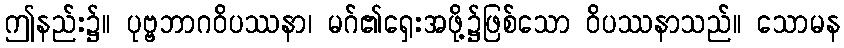
ဤနည်း၌။ ပုဗ္ဗဘာဂဝိပဿနာ၊ မဂ်၏ရှေးအဖို့၌ဖြစ်သော ဝိပဿနာသည်။ သောမန